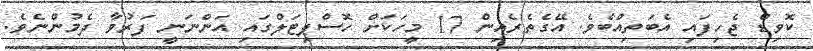
ކޮވިޑް ޖެހިފައި އެބަތިއްބެވެ. އޭގެތެރެއިން 17 މީހަކަށް ހޮސްޕިޓަލްގައި އަންނަނީ ފަރުވާ ދެމުންނެވެ.